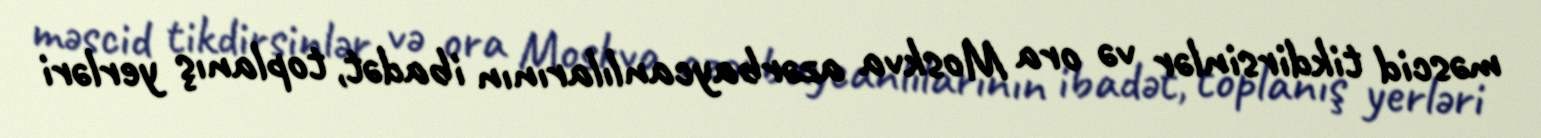
məscid tikdirsinlər və ora Moskva azərbaycanlılarının ibadət, toplanış yerləri